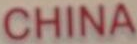
CHINA